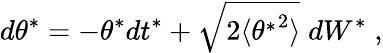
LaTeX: d\theta^{*}=-\theta^{*}dt^{*}+\sqrt{2\langle{\theta^{*}}^{2}\rangle}\; dW^{*}\; ,